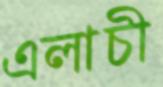
এলাচী